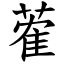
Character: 蒮